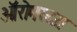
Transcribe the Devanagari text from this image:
ऑरोमस्दस